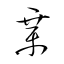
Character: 章